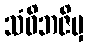
သံဝိဘဇိမှ